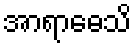
အာရာဓေသိ